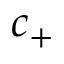
c _ { + }